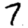
Digit: 7